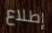
إطلاع